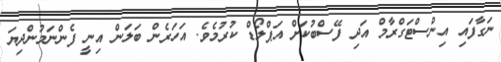
ނަގާފައި އިންސްޓަގްރާމް އަދި ފޭސްބުކަށް އަޕްލޯޑް ކުރުމެވެ. އަހަރެން ބަލަން އިނީ ފެންނަމުންދިޔަ